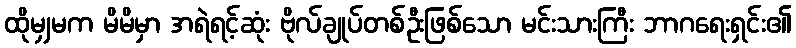
ထိုမျှမက မိမိမှာ အရဲရင့်ဆုံး ဗိုလ်ချုပ်တစ်ဦးဖြစ်သော မင်းသားကြီး ဘာဂရေးရှင်း၏